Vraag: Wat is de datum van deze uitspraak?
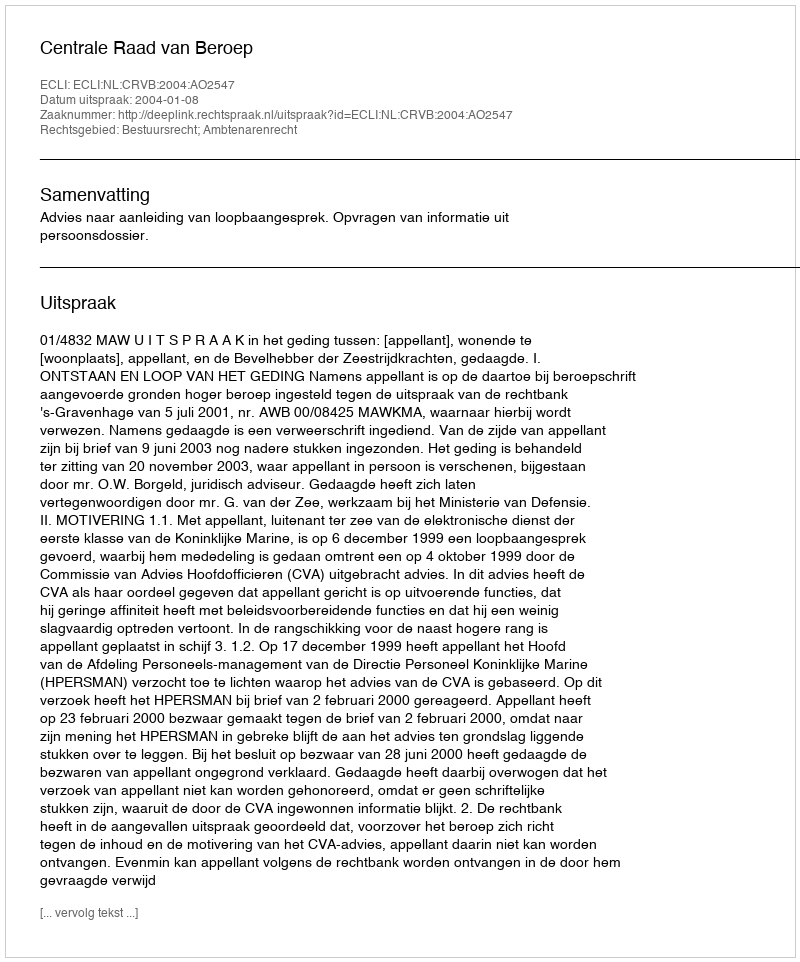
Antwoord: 2004-01-08